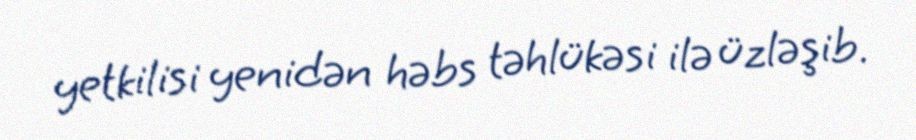
yetkilisi yenidən həbs təhlükəsi ilə üzləşib.